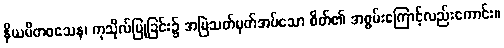
နိယမိတဝသေန၊ ကုသိုလ်ပြုခြင်း၌ အမြဲသတ်မှတ်အပ်သော စိတ်၏ အစွမ်းကြောင့်လည်းကောင်း။